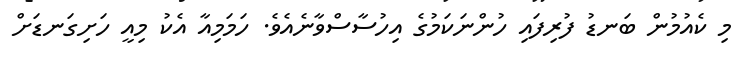
މި ކެއުމުން ބަނޑު ފުރިފައި ހުންނަކަމުގެ އިހުސާސްވާނެއެވެ. ހަމަމިއާ އެކު މިއީ ހަށިގަނޑަށް